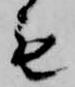
も